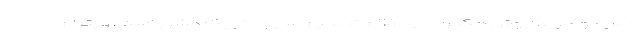
اصل موضوع، "روش حکمرانی و نظام تصمیم ­سازی" در یک کشور است. ویتنام